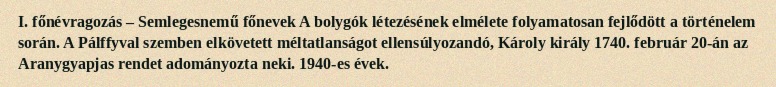
I. főnévragozás – Semlegesnemű főnevek A bolygók létezésének elmélete folyamatosan fejlődött a történelem során. A Pálffyval szemben elkövetett méltatlanságot ellensúlyozandó, Károly király 1740. február 20-án az Aranygyapjas rendet adományozta neki. 1940-es évek.